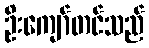
ဦးကျော်တင်သည်